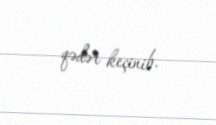
qədər keçinib.